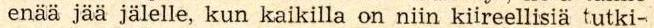
enää jää jälelle, kun kaikilla on niin kiireellisiä tutki-